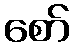
စော်